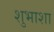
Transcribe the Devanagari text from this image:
शुभाशा